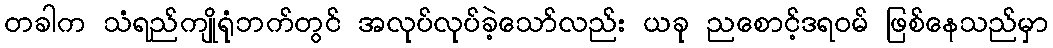
တခါက သံရည်ကျိုရုံဘက်တွင် အလုပ်လုပ်ခဲ့သော်လည်း ယခု ညစောင့်ဒရဝမ် ဖြစ်နေသည်မှာ